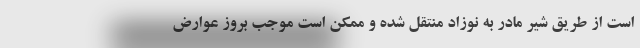
است از طریق شیر مادر به نوزاد منتقل شده و ممکن است موجب بروز عوارض